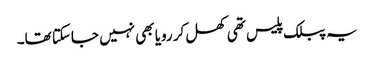
یہ پبلک پلیس تھی کھل کر رویا بھی نہیں جاسکتا تھا۔